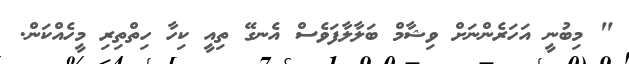
" މިބުނީ އަހަރެންނަށް ވިޝާމް ބަލާލާފަވެސް އެނގޭ ތިއީ ކިހާ ހިތްތިރި މީހެއްކަން.